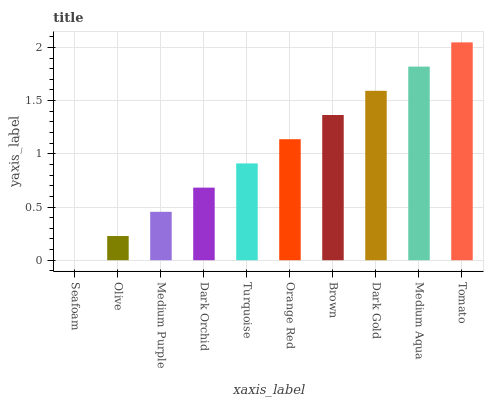
| xaxis_label | bars |
 | --- | --- |
 | Seafoam | 0 |
 | Olive | 0.227 |
 | Medium Purple | 0.455 |
 | Dark Orchid | 0.682 |
 | Turquoise | 0.91 |
 | Orange Red | 1.14 |
 | Brown | 1.36 |
 | Dark Gold | 1.59 |
 | Medium Aqua | 1.82 |
 | Tomato | 2.05 |